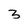
Character: 3